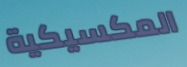
المكسيكية